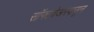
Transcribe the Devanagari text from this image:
सॉफ्टवेअरपासून